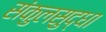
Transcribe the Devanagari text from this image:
संकुलसुद्धा